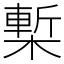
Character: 槧